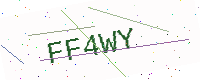
Text: FF4WY